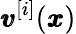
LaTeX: {\pmb v}^{[i]}({\pmb x})